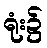
ရုံး၌